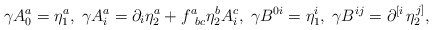
\begin{align*}\gamma A_0^a=\eta _1^a,\;\gamma A_i^a=\partial _i\eta _2^a+f_{\;\;bc}^a\eta_2^bA_i^c,\;\gamma B^{0i}=\eta _1^i,\;\gamma B^{ij}=\partial ^{\left[i\right. }\eta _2^{\left. j\right] },\end{align*}